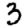
Digit: 3